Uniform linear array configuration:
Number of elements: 12
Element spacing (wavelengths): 0.75
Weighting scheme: cosine
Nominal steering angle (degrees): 15
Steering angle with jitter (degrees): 16.377
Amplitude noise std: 0.05
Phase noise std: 0.05

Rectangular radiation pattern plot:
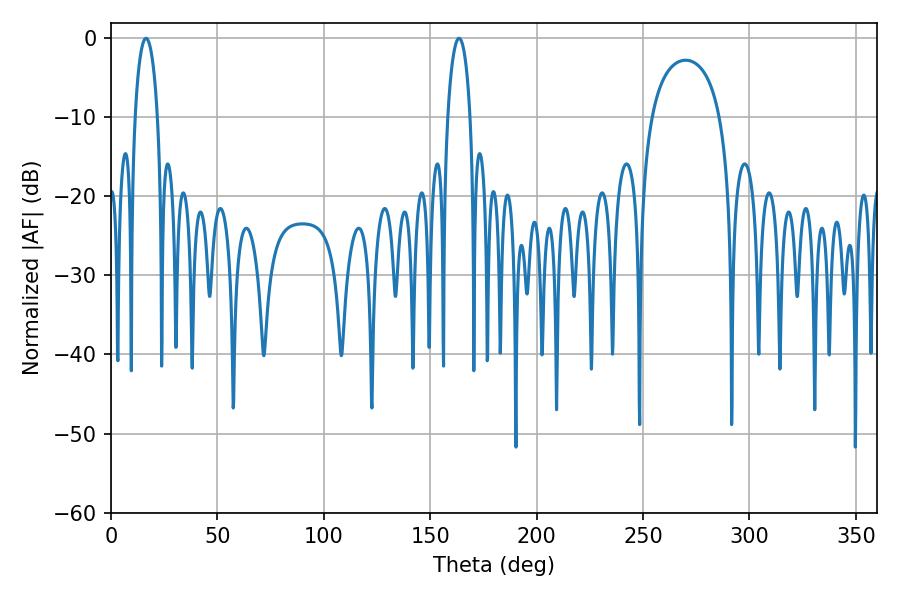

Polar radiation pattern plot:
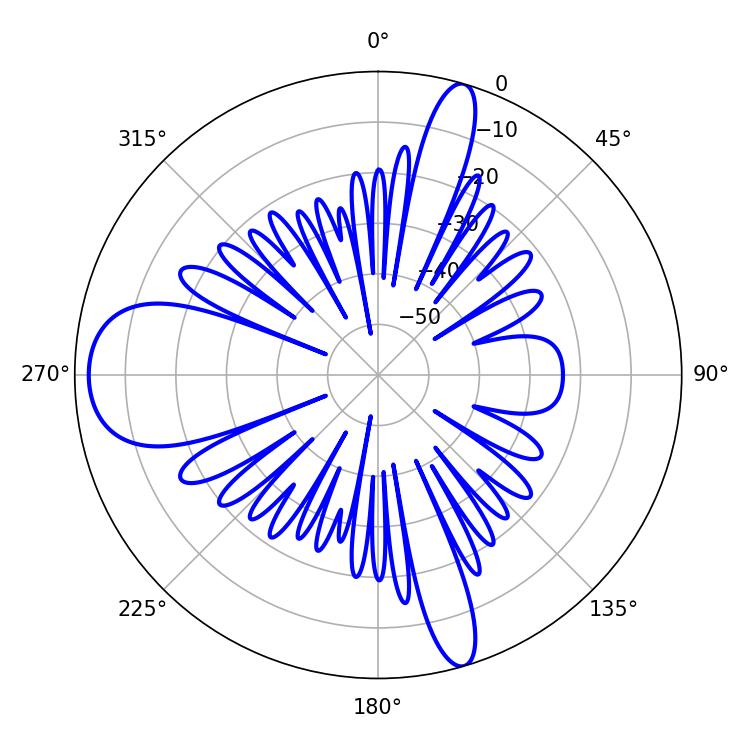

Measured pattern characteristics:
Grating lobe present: TRUE
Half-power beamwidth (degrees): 5.94
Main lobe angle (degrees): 16.38